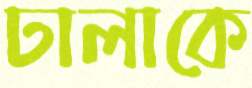
ঢালাকে